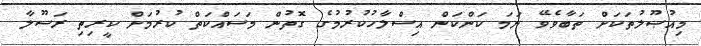
މިއުޞޫލުތަކަށް ތަބާވެވޭ ނަމަ ކަންކަން އިސްލާހުކުރުމުގެ ގޮތުން މަސައްކަތް ކުރުމަށް ކީރިތި ރަސޫލާ